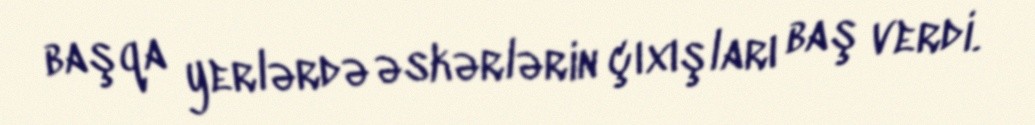
başqa yerlərdə əskərlərin çıxışları baş verdi.